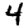
Digit: 4